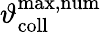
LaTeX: \vartheta_{\mathrm{coll}}^{\mathrm{max,num}}